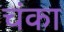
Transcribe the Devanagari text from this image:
चंका